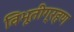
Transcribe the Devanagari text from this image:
विभूतीग्रहण